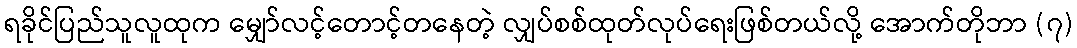
ရခိုင်ပြည်သူလူထုက မျှော်လင့်တောင့်တနေတဲ့ လျှပ်စစ်ထုတ်လုပ်ရေးဖြစ်တယ်လို့ အောက်တိုဘာ (၇)